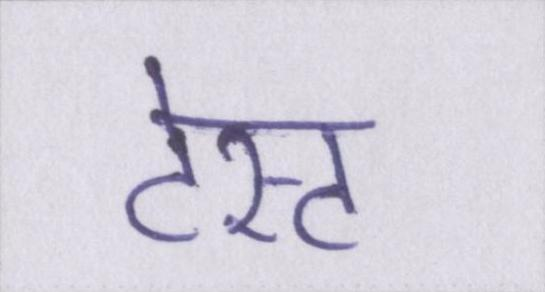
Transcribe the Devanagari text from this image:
टेस्ट